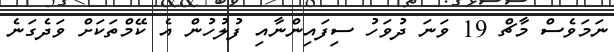
ނަމަވެސް މާޗް 19 ވަނަ ދުވަހު ސިފައިންނާއި ފުލުހުން އެ ކޭމްތަކަށް ވަދެގަނެ